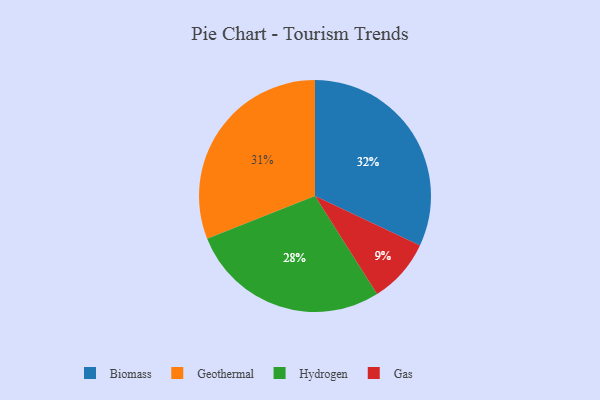
{"axis": {"x": "Category", "y": "Percentage"}, "legend": ["Biomass", "Gas", "Geothermal", "Hydrogen"], "data": [{"x": "Gas", "y": 9, "type": "Gas"}, {"x": "Geothermal", "y": 31, "type": "Geothermal"}, {"x": "Hydrogen", "y": 28, "type": "Hydrogen"}, {"x": "Biomass", "y": 32, "type": "Biomass"}]}